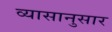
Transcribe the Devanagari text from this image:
व्यासानुसार